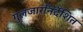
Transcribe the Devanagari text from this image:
गुलजारनिर्देशित